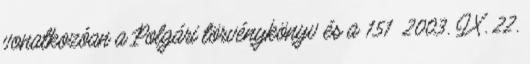
vonatkozóan a Polgári törvénykönyv és a 151 2003. IX. 22.